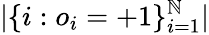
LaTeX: |\{ i:o_{i}=+1\} _{i=1}^{\mathbb{N}}|